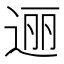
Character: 逦